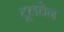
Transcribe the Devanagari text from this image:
टूलचेन